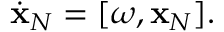
\begin{array} { r } { \dot { \bf x } _ { N } = [ \boldsymbol { \omega } , { \bf x } _ { N } ] . } \end{array}